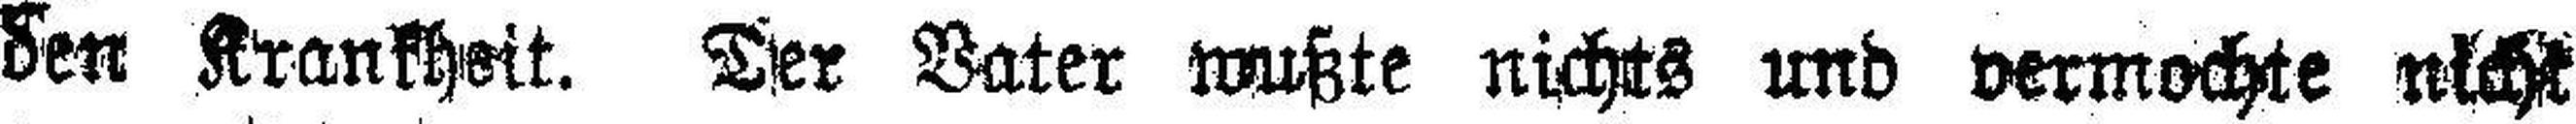
den Krankheit. Der Vater wußte nichts und vermochte nicht